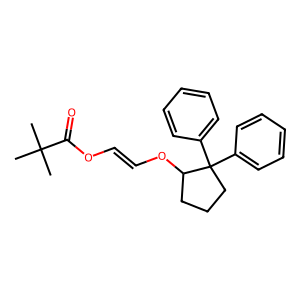
SMILES: CC(C)(C)C(=O)OC=COC1CCCC1(c1ccccc1)c1ccccc1
Inhibits HIV replication: No